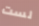
لست